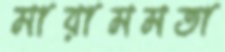
মায়ামমতা